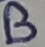
Text: B